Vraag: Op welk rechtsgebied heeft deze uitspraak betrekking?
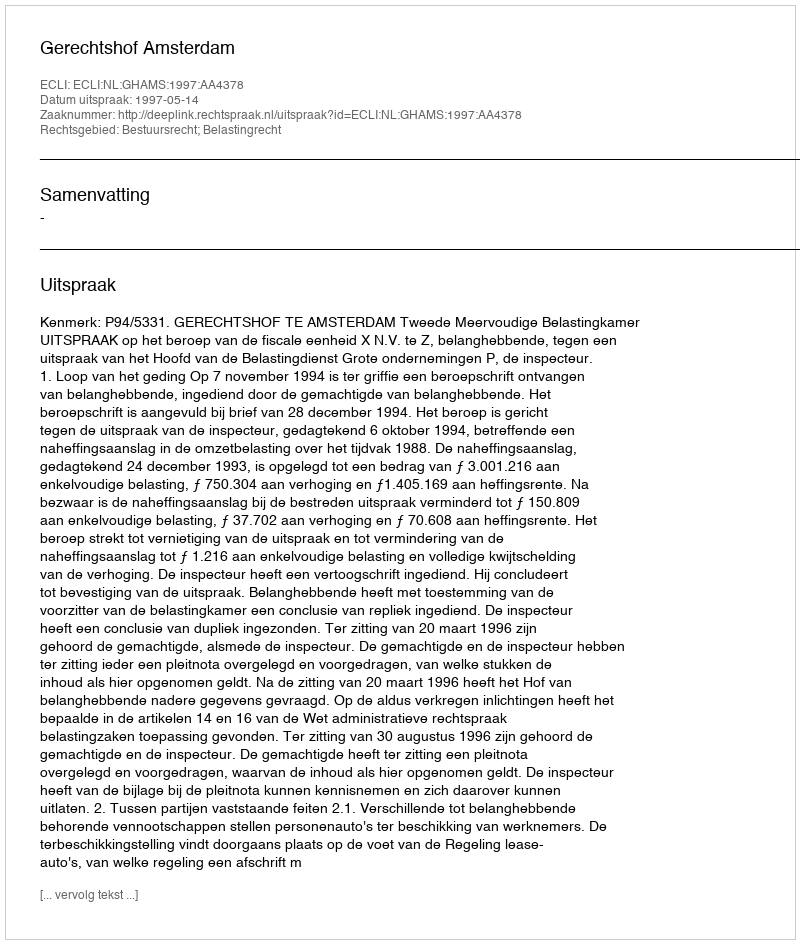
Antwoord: Bestuursrecht; Belastingrecht